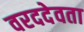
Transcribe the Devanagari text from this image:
वरददेवता